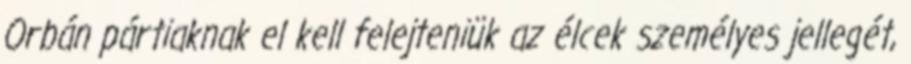
Orbán pártiaknak el kell felejteniük az élcek személyes jellegét,